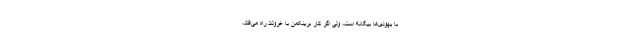
با یهودی‌ها بیگانه است، ولی اگر کار برینکمن با غرولند راه می‌افتد،